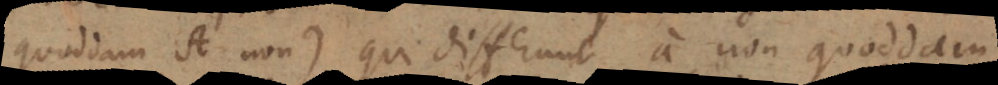
quoddam A non) qui differunt a non quoddam.